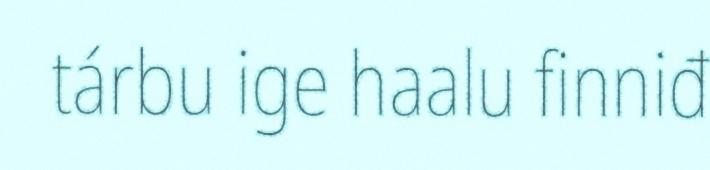
tárbu ige haalu finniđ